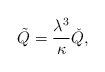
\begin{align*} \tilde{Q}=\frac{\lambda^3}{\kappa} \check{Q},\end{align*}